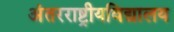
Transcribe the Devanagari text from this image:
अंतरराष्ट्रीयविद्यालय